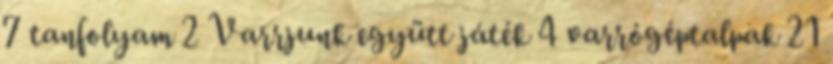
7 tanfolyam 2 Varrjunk együtt játék 4 varrógéptalpak 21